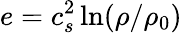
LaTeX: e=c_{s}^{2}\ln(\rho/\rho_{0})